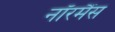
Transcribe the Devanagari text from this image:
नॉरमैंस